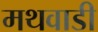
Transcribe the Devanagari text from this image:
मथवाडी